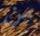
من